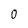
Character: O